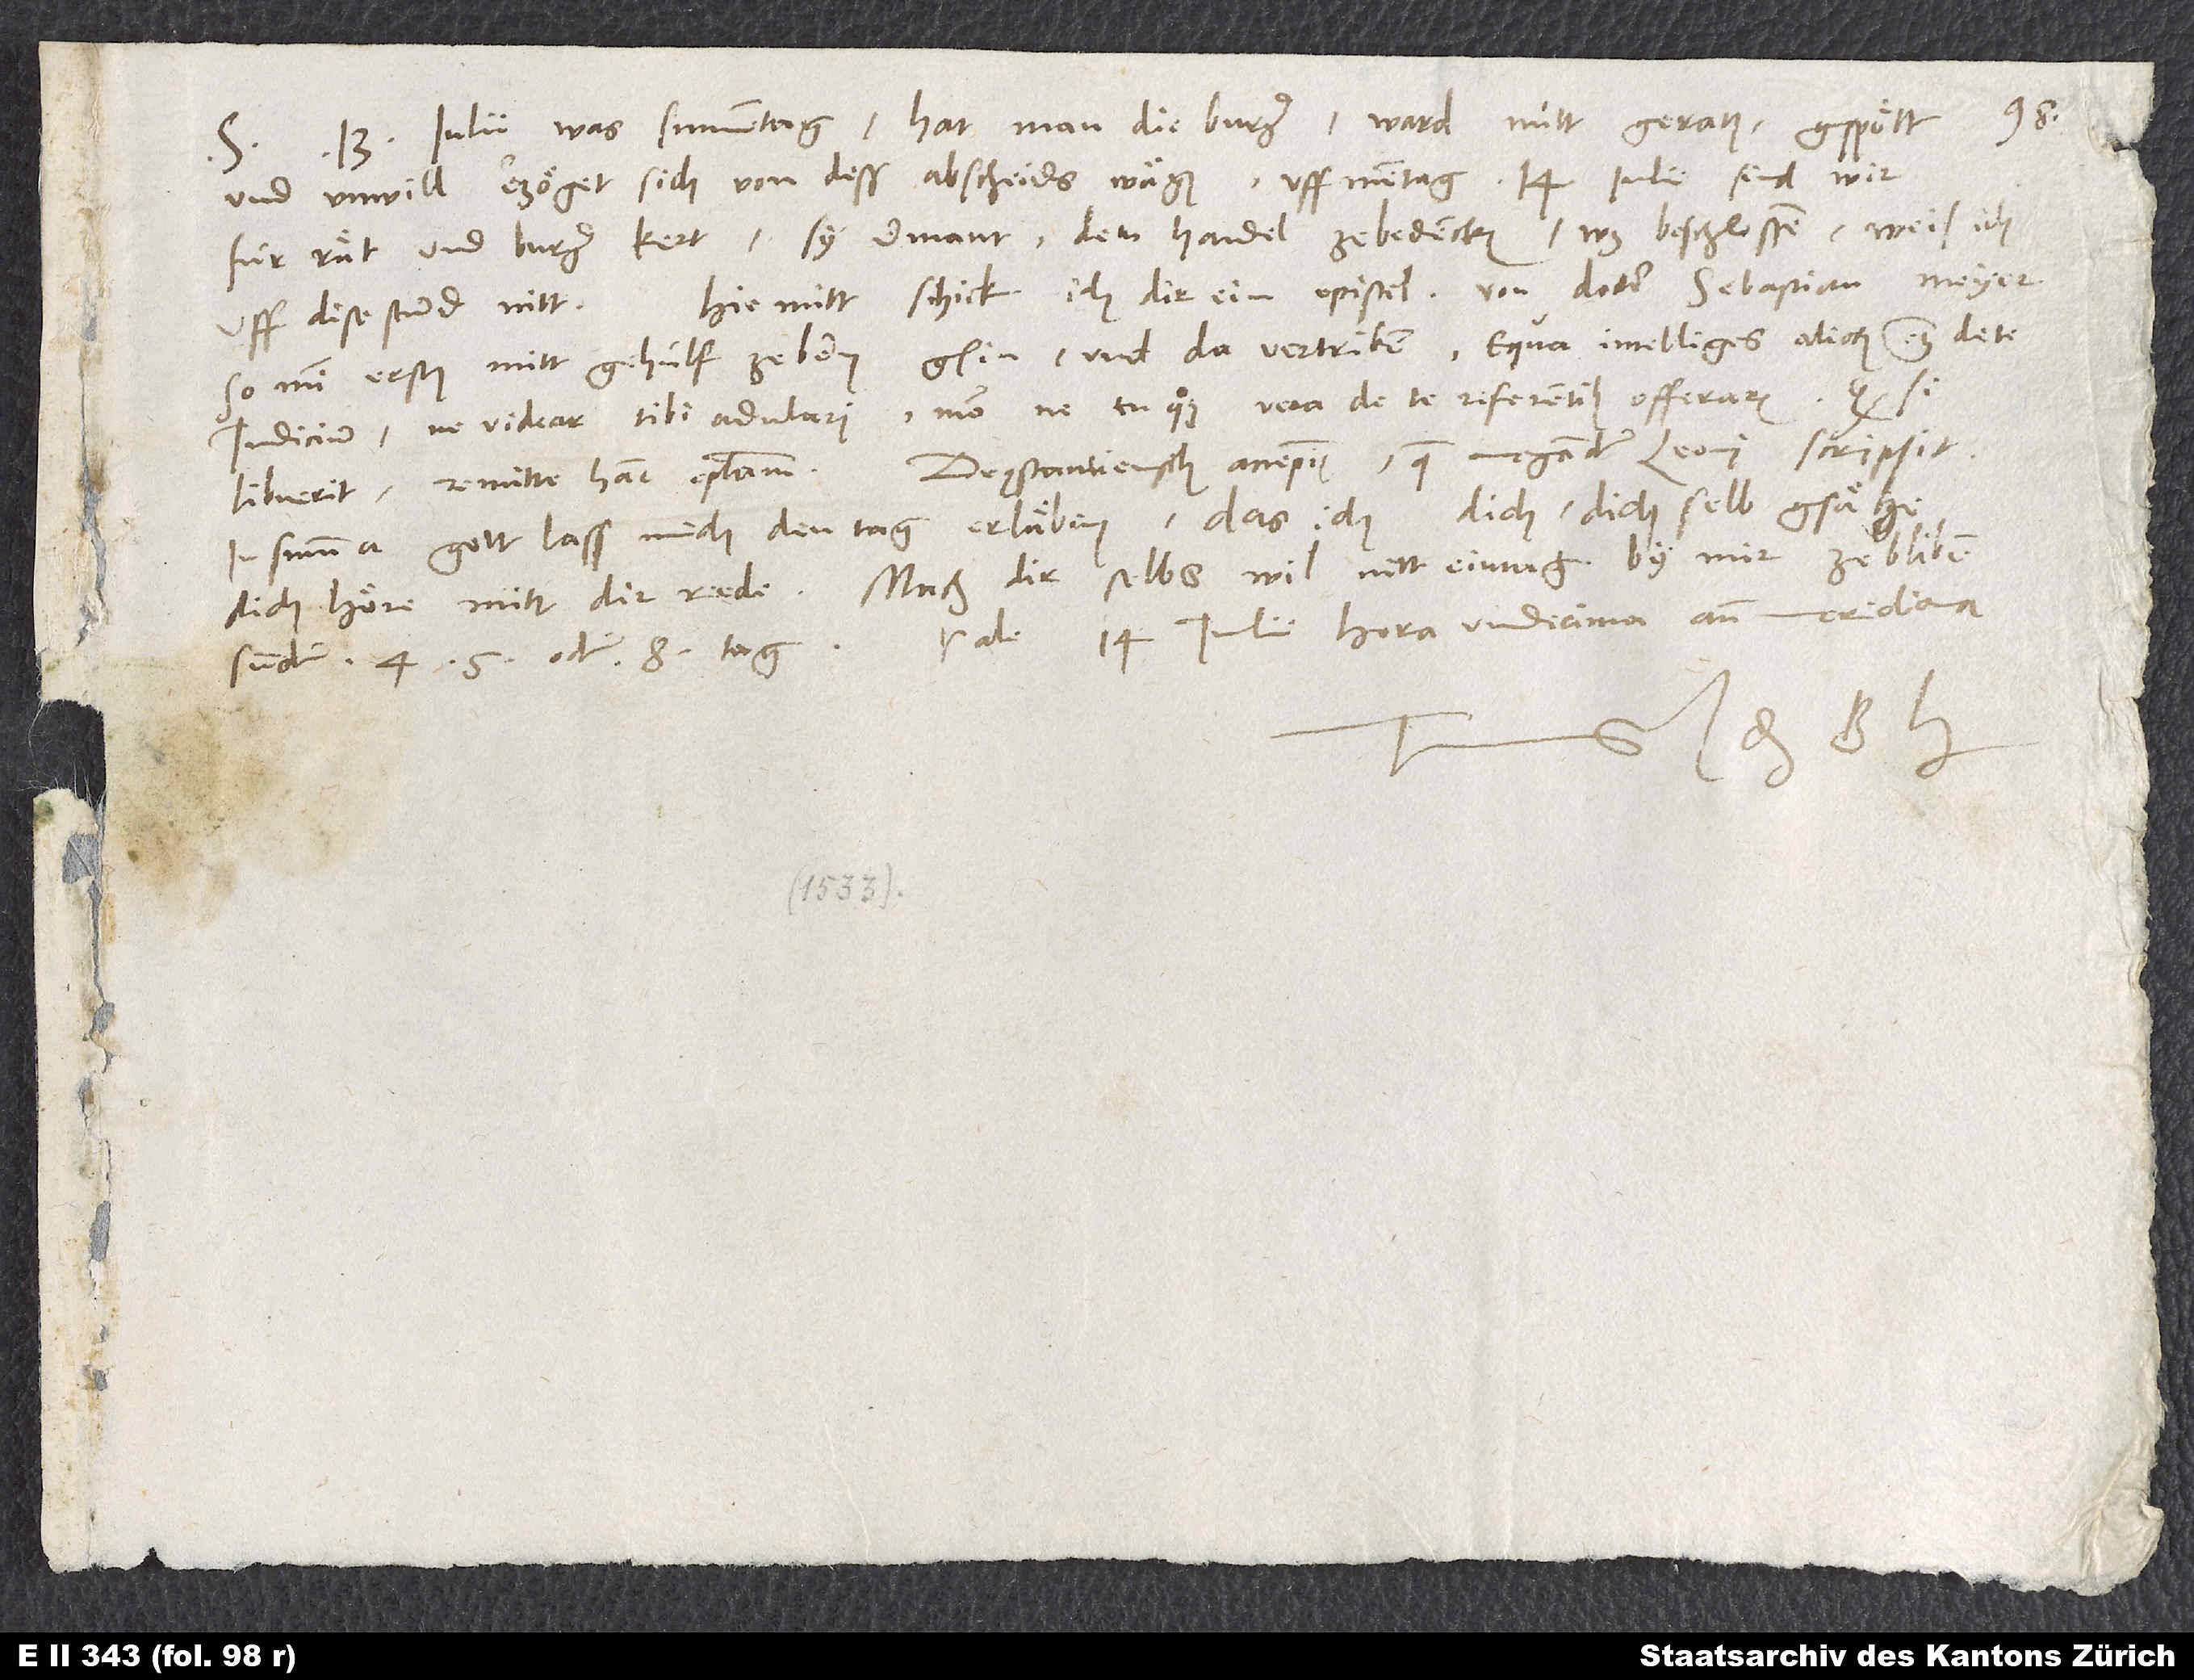
13. julii, was sunnentag, hat man die burger; ward nütt geraten. Gspött
und unwill erzöget sich von deß abscheids wägen. Uff mentag 14. julii sind wir
für rät und burger kert, sy ermant, den handel ze bedencken. Was beschlossen, weis ich
Hiemitt schick ich dir ein epistel von Doctor Sebastian Meyer,
uff dise stund nitt.
so min erster mittgehülf ze Bern gsin und da vertriben, e qua intelliges aliorum etiam de te
iudicium, ne videar tibi adulari, modo ne tu quoque vera de te referentibus offeraris. Quod si
In summa: Gott lass mich den tag erläben, das ich dich, dich selb gsähe,
dich höre, mitt dir rede. Mach dir selbs wil, nitt ein tag by mir ze bliben,